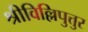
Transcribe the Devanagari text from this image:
श्रीविल्लिपुत्तुर